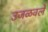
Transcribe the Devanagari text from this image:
उजळवले